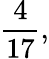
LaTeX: {\frac{4}{17}},